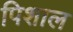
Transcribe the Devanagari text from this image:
पिशाल